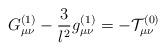
LaTeX: \begin{align*}G_{\mu \nu }^{(1)}-\frac{3}{l^{2}}g_{\mu \nu }^{(1)}=-{\cal T}_{\mu \nu}^{(0)} \end{align*}